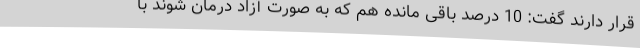
قرار دارند گفت: 10 درصد باقی مانده هم که به صورت آزاد درمان شوند با